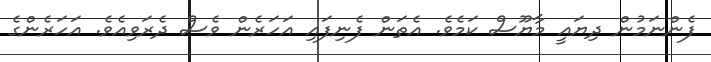
ފެންނަމުން ދިޔައީ މާޔޫސް ކަމެވެ. އެތަން ފެނިފައި އަހަރެން ވެސް ދެރަވިއެވެ. އަހަރެންގެ